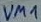
Text: VM1